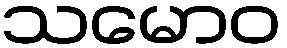
သမောဝ